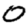
Digit: 0